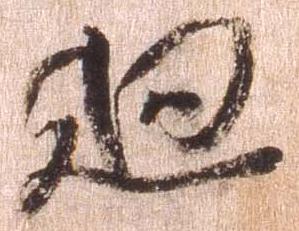
廻